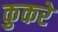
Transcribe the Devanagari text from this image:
कुकरे